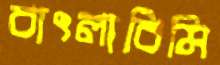
বাৎলাবিমি